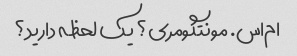
ام‌اس. مونتگومری؟ یک لحظه دارید؟